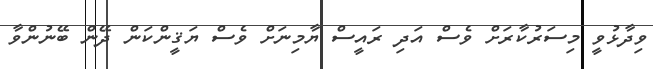
ވިދާޅުވީ މިސަރުކާރަށް ވެސް އަދި ރައީސް ޔާމިނަށް ވެސް ޔަޤީންކަން ދޭން ބޭނުންވާ